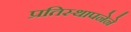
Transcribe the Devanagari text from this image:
प्रतिस्थापनेने